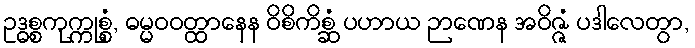
ဥဒ္ဓစ္စကုက္ကုစ္စံ, ဓမ္မဝဝတ္ထာနေန ဝိစိကိစ္ဆံ ပဟာယ ဉာဏေန အဝိဇ္ဇံ ပဒါလေတွာ,